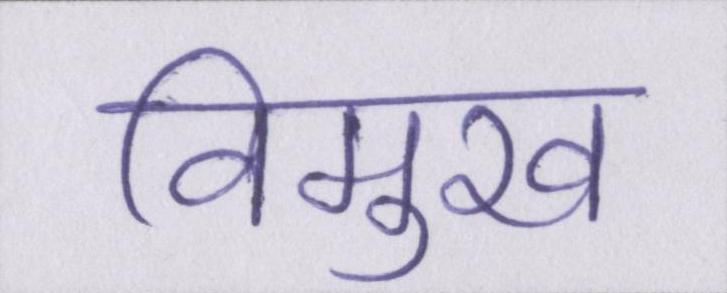
विमुख